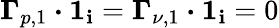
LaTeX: \boldsymbol{\Gamma}_{p,{1}}\boldsymbol{\cdot}\boldsymbol{1}_{\mathbf{i}}=\boldsymbol{\Gamma}_{\nu,{1}}\boldsymbol{\cdot}\boldsymbol{1}_{\mathbf{i}}=0